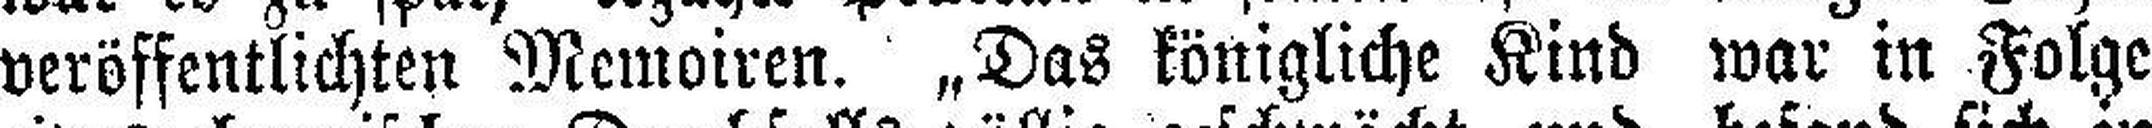
veröffentlichten Memoiren. „Das königliche Kind war in Folge